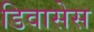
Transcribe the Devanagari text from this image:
डिवासेस